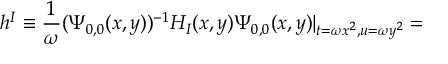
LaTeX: h ^ { I } \equiv \frac { 1 } { \omega } ( \Psi _ { 0 , 0 } ( x , y ) ) ^ { - 1 } H _ { I } ( x , y ) \Psi _ { 0 , 0 } ( x , y ) | _ { t = \omega x ^ { 2 } , u = \omega y ^ { 2 } } =